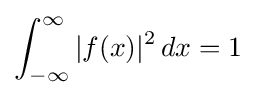
\int _{-\infty }^{\infty }|f(x)|^{2}\,dx=1